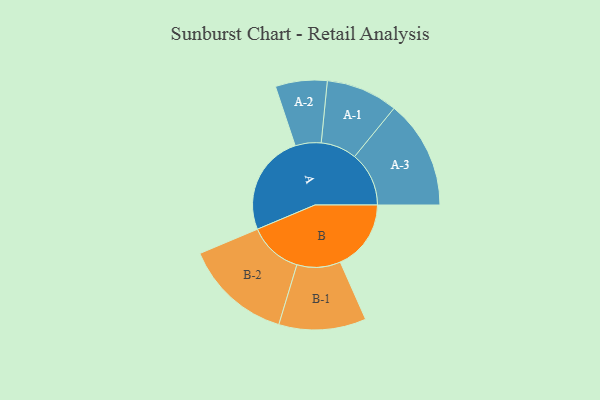
{"axis": {"x": "Segment", "y": "Value"}, "legend": ["", "A", "B"], "data": [{"x": "A", "y": 461, "type": ""}, {"x": "B", "y": 323, "type": ""}, {"x": "A-1", "y": 164, "type": "A"}, {"x": "A-2", "y": 118, "type": "A"}, {"x": "A-3", "y": 248, "type": "A"}, {"x": "B-1", "y": 199, "type": "B"}, {"x": "B-2", "y": 246, "type": "B"}]}